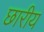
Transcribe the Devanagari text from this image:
छारीय